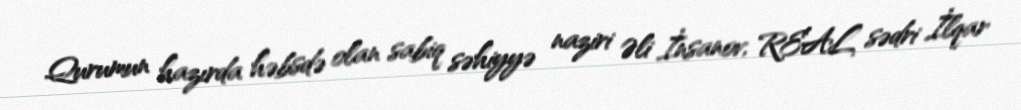
Qurumun hazırda həbsdə olan sabiq səhiyyə naziri Əli İnsanov, REAL sədri İlqar